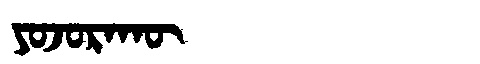
Manchu: ᠶᠣᠵᠣᡵᠠᡴᡡ
Romanization: YOJORAKŪ